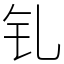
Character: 钆